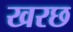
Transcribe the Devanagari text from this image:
खरछ